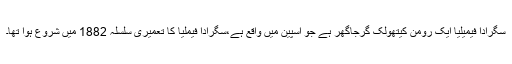
سگرادا فیمیلیا ایک رومن کیتھولک گرجاگھر ہے جو اسپین میں واقع ہے،سگرادا فیملیا کا تعمیری سلسلہ 1882 میں شروع ہوا تھا۔